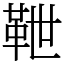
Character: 靾